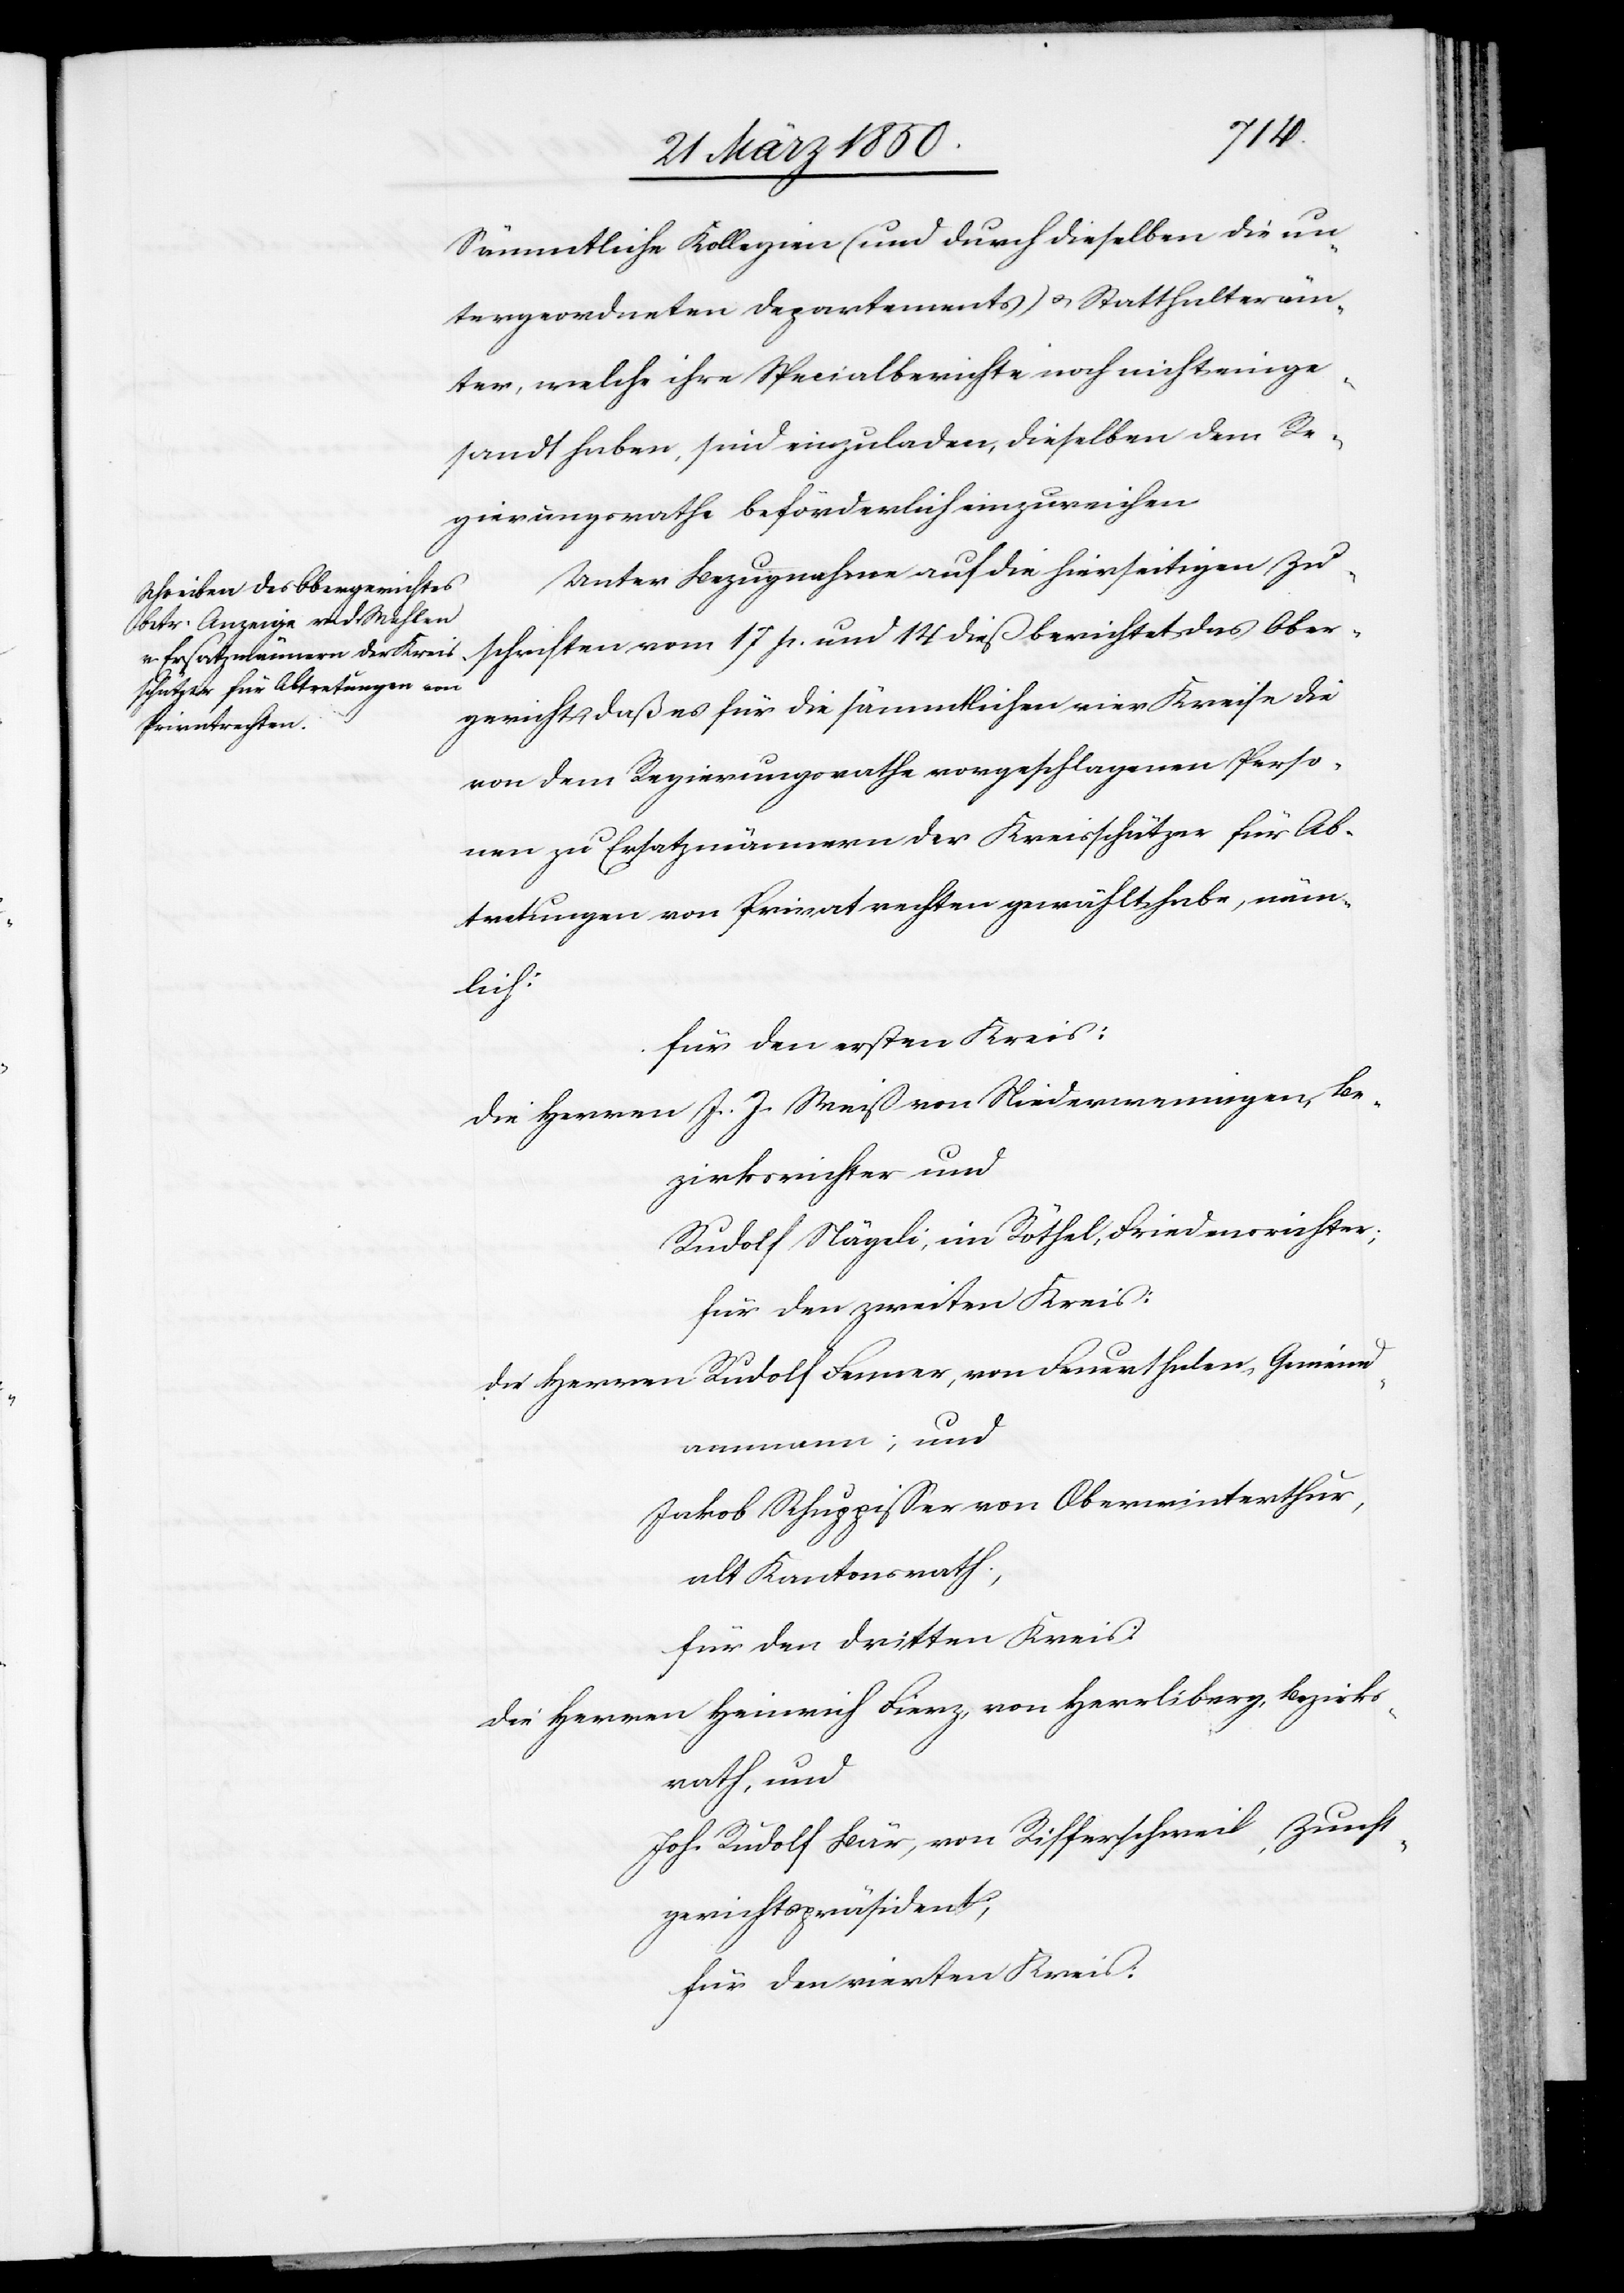
Sämmtliche Kollegien (und durch dieselben die un¬
tergeordneten Departements) u. Statthalteräm¬
ter, welche ihre Specialberichte noch nicht einge¬
sandt haben, sind einzuladen, dieselben dem Re¬
gierungsrathe beförderlich einzureichen.
Unter Bezugnahme auf die hierseitigen Zu¬
schriften vom 17 p. und 14 dieß berichtet das Ober¬
gericht daß es für die sämmtlichen vier Kreise die
von dem Regierungsrathe vorgeschlagenen Perso¬
nen zu Ersatzmännern der Kreisschätzer für Ab¬
tretungen von Privatrechten gewählt habe, näm¬
lich:
für den ersten Kreis:
Die Herrn J. J. Meiß von Niederweningen, Be¬
zirksrichter und
Rudolf Nägeli, im Röthel, Friedensrichter;
für den zweiten Kreis:
Rudolf Fenner, von Feuerthalen, Gemeind¬
die Herren
ammann; und
Jakob Schuppisser von Oberwinterthur,
alt Kantonsrath,
für den dritten Kreis:
die Herren Heinrich Fierz, von Herrliberg, Bezirks¬
rath, und
Joh. Rudolf Bär, von Rifferschweil, Zunft¬
gerichtspräsident;
für den vierten Kreis: